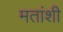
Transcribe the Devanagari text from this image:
मतांशी